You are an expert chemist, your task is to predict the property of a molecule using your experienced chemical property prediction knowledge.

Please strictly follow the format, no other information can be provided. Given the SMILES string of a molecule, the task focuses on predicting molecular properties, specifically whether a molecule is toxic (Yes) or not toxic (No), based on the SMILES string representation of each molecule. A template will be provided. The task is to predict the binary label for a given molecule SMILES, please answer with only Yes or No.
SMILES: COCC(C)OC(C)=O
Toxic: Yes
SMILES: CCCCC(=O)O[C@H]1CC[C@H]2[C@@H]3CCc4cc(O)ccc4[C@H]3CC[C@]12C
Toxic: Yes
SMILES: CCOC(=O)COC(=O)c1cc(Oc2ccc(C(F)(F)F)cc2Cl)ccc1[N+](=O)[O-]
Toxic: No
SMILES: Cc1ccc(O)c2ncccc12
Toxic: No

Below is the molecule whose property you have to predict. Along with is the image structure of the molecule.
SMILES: CC1(C)C2CCC3(C2)[C@H]1C(=O)CCC3(C)C
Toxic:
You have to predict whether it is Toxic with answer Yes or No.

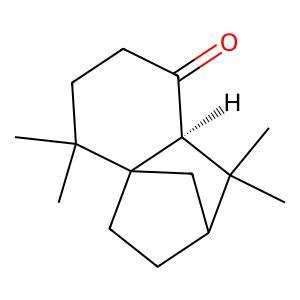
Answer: No